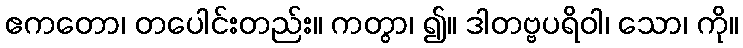
ဧကတော၊ တပေါင်းတည်း။ ကတွာ၊ ၍။ ဒါတဗ္ဗပရိဝါ၊ သော၊ ကို။